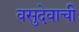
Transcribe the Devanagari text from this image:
वसुदेवाची